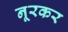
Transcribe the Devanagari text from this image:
नूरकर